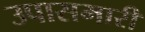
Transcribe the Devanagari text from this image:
उपासमारी